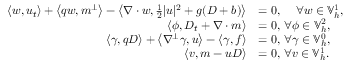
\begin{array} { r l } { \left\langle w , u _ { t } \right\rangle + \left\langle q w , m ^ { \perp } \right\rangle - \left\langle \nabla \cdot w , \frac { 1 } { 2 } | u | ^ { 2 } + g ( D + b ) \right\rangle } & { = 0 , \, \quad \forall w \in \mathbb { V } _ { h } ^ { 1 } , } \\ { \left\langle \phi , D _ { t } + \nabla \cdot m \right\rangle } & { = 0 , \, \forall \phi \in \mathbb { V } _ { h } ^ { 2 } , } \\ { \left\langle \gamma , q D \right\rangle + \left\langle \nabla ^ { \perp } \gamma , u \right\rangle - \left\langle \gamma , f \right\rangle } & { = 0 , \, \forall \gamma \in \mathbb { V } _ { h } ^ { 0 } , } \\ { \left\langle v , m - u D \right\rangle } & { = 0 , \, \forall v \in \mathbb { V } _ { h } ^ { 1 } . } \end{array}